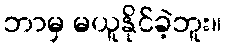
ဘာမှ မယူနိုင်ခဲ့ဘူး။